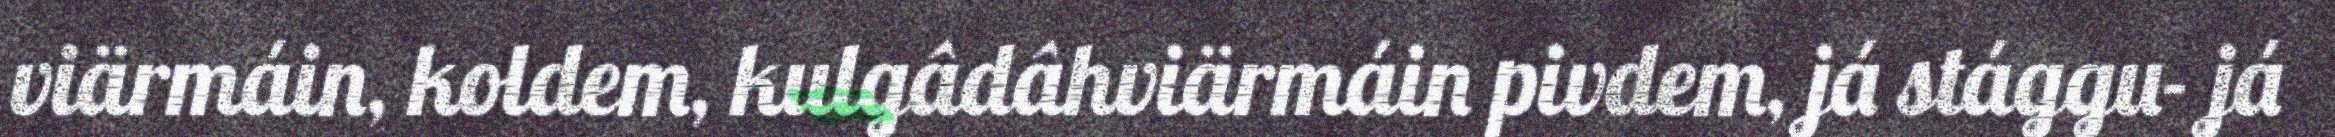
viärmáin, koldem, kulgâdâhviärmáin pivdem, já stággu- já